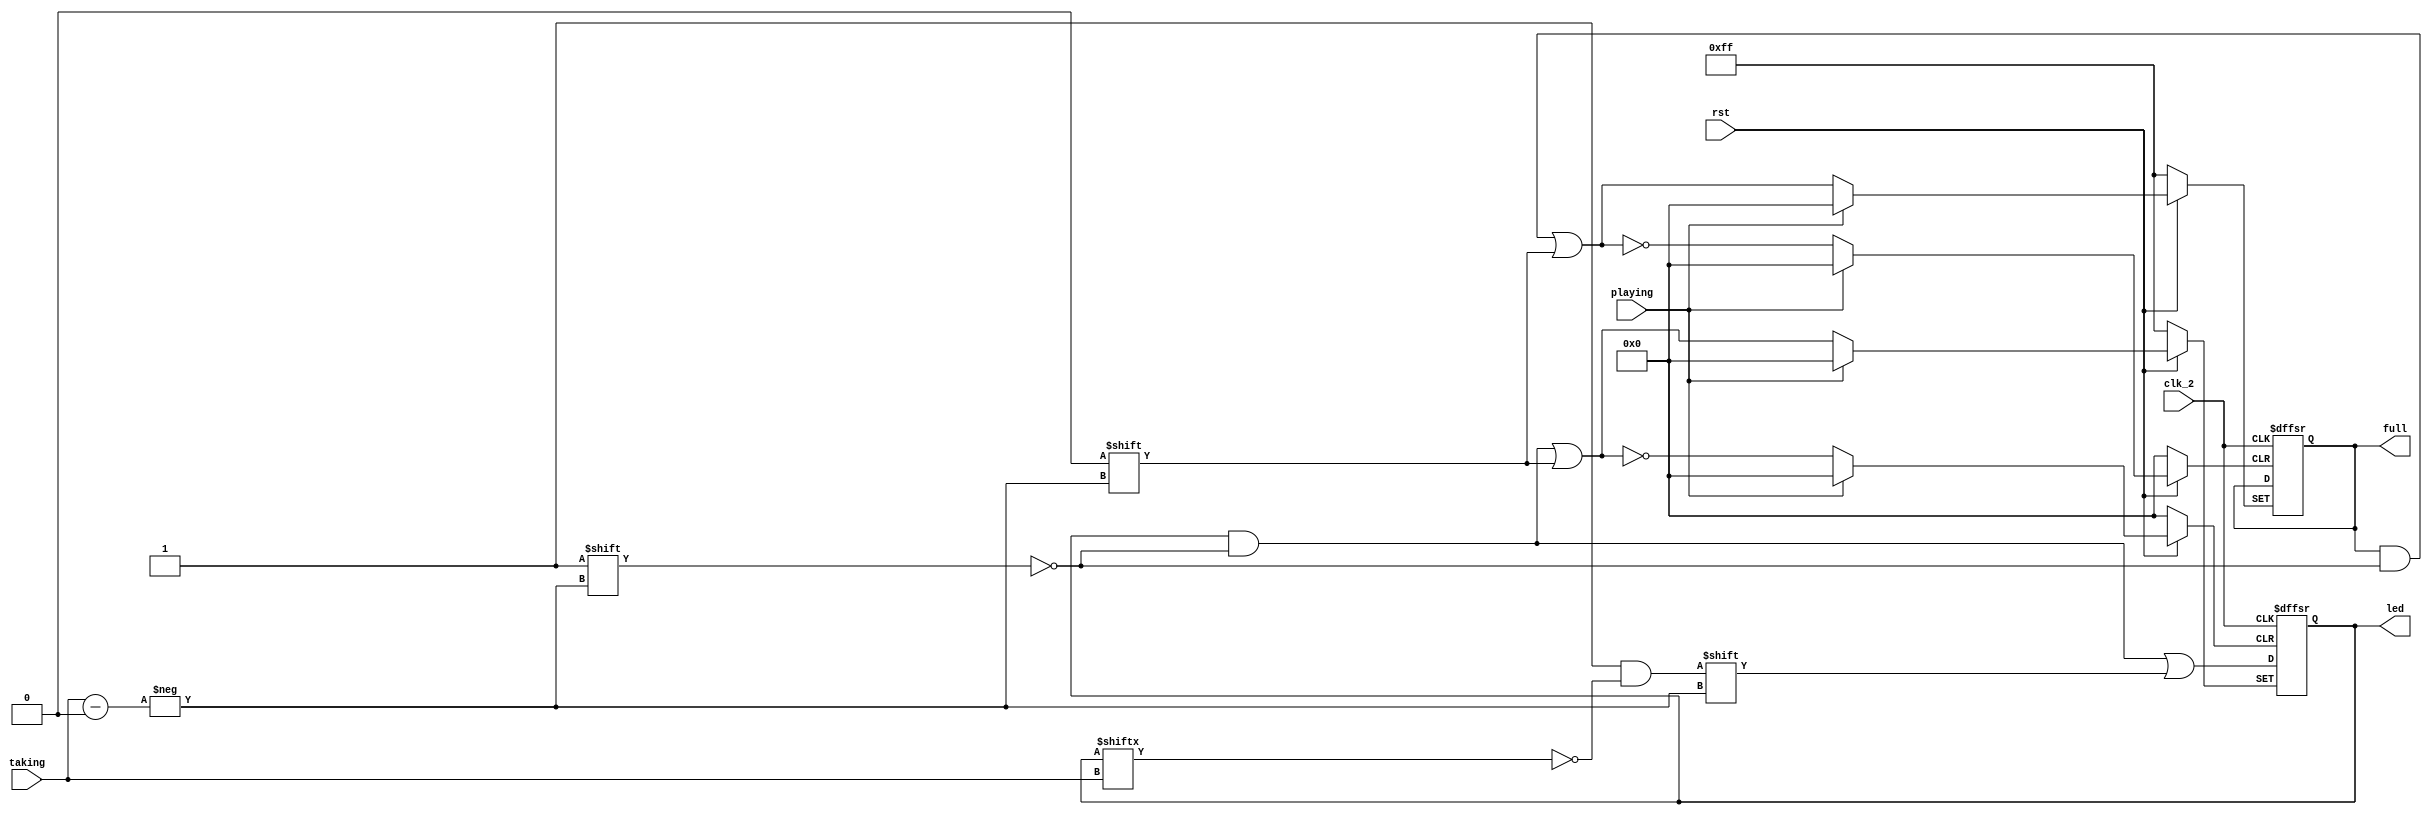
//
module LD(
							input clk_2,									//
							input [3:0] taking,						//Operator>>07always
							input playing,								//88Screen>>
							input rst,											//
							
							output reg [7:0] led=8'hFF,	//LED
							output reg [7:0] full=8'hFF	//1
							);

	//LED
	always @(posedge clk_2 or negedge rst or negedge playing)
		  begin  
				if(!rst) begin
					full<=8'hFF;
					led<=8'hFF;
				end
				else if(!playing) begin//
					full[taking]<=0; 		//
					led[taking]<=0;			//led
				end
				else														//		
					led[taking]<=~led[taking];	//LED
		  end	
	
endmodule